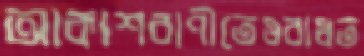
আকাশবাণীতেওবাধত